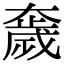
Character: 奯